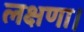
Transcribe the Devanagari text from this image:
लक्षणा।